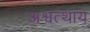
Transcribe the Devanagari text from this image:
अश्वत्थाय